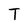
Character: T